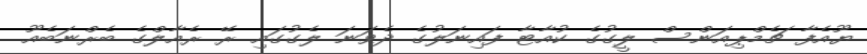
ޔޫއެފާ ޗެމްޕިއަންސް ލީގުގެ ކުއާޓާ ފައިނަލުގެ ދެވަނަ ލެގުގައި ރޭ ރެއާލްގެ ބެރްނަބެއޫ